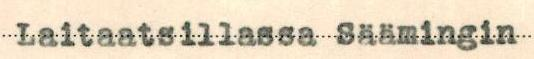
Laitaatsillassa Säämingin